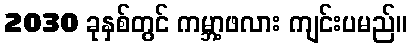
2030 ခုနှစ်တွင် ကမ္ဘာ့ဖလား ကျင်းပမည်။